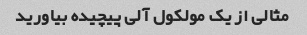
مثالی از یک مولکول آلی پیچیده بیاورید